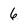
Character: 6